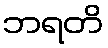
ဘရတိ